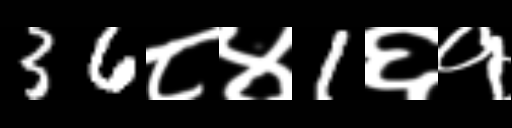
Text: 36८४1६१